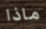
ماذا